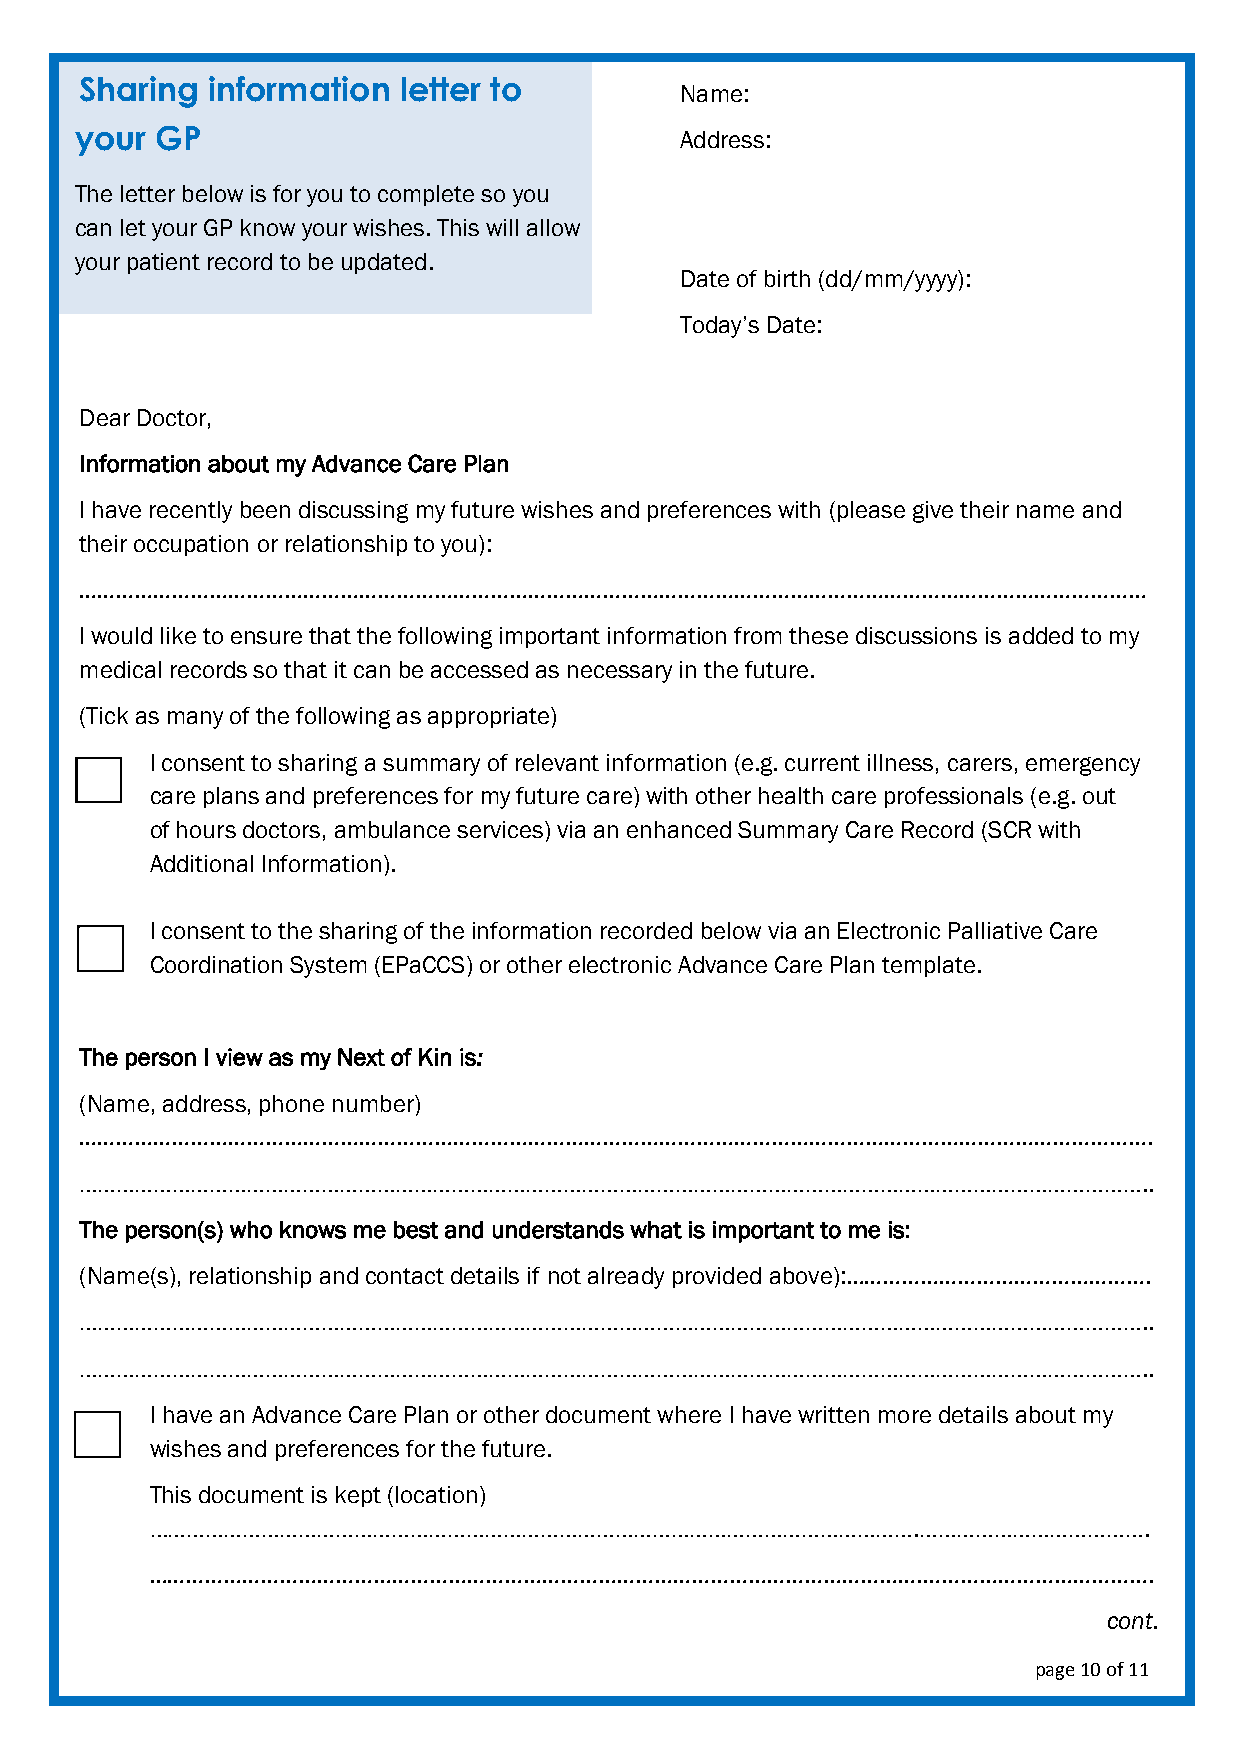
Sharing  information letter to
 Name:
 your GP                                 Address:
 The letter below is for you to complete so you
 can let y our GP know your wishes. This will allow
 your patient record to be updated.
 Date of birth (dd/mm/yyyy):
 Today’s Date:
 Dear Doctor,
 Information about my Advance Care Plan
 I have recently been discussing my future wishes and preferences with (please give their name and
 their occupation or relationship to you):
 ………………………………………………………………………………………………………………………………………………………
 I would like to ensure that the following important information from these discussions is added to my
 medical records so that it can be accessed as necessary in the future.
 (Tick as many of the following as appropriate)
 I consent to sharing a summary of relevant information (e.g. current illness, carers, emergency
 care plans and preferences for my future care) with other health care professionals (e.g. out
 of hours doctors, ambulance services) via an enhanced Summary Care Record (SCR with
 Additional Information).
 I consent to the sharing of the information recorded below via an Electronic Palliative Care
 Coordination System (EPaCCS) or other electronic Advance Care Plan template.
 The person I view as my Next of Kin is:
 (Name, address, phone number)
 ……………………………………………………………………………………………………………………………………………………….
 ………………………………………………………………………………………………………………………………………………………..
 The person(s) who knows me best and understands what is important to me is:
 (Name(s), relationship and contact details if not already provided above):………………………………………….
 ………………………………………………………………………………………………………………………………………………………..
 ………………………………………………………………………………………………………………………………………………………..
 I have an Advance Care Plan or other document where I have written more details about my
 wishes and preferences for the future.
 This document is kept (location)
 …………………………………………………………………………………………………………….……………………………….
 …………………………………………………………………………………………………………….……………………………….
 cont.
 page 10 of 11